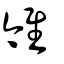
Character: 雂